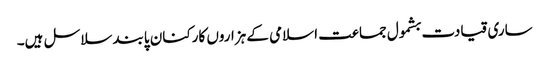
ساری قیادت بشمول جماعت اسلامی کے ہزاروں کارکنان پابند سلاسل ہیں۔